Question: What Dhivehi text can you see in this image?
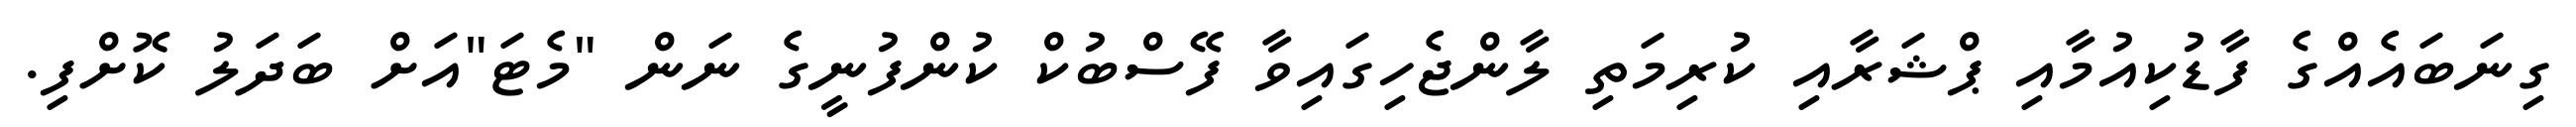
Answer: ގިނަބައެއްގެ ފާޑުކިއުމާއި ޕްޝަރާއި ކުރިމަތި ލާންޖެހިގައިވާ ފޭސްބުކް ކުންފުނީގެ ނަން "މެޓަ"އަށް ބަދަލު ކޮށްފި.